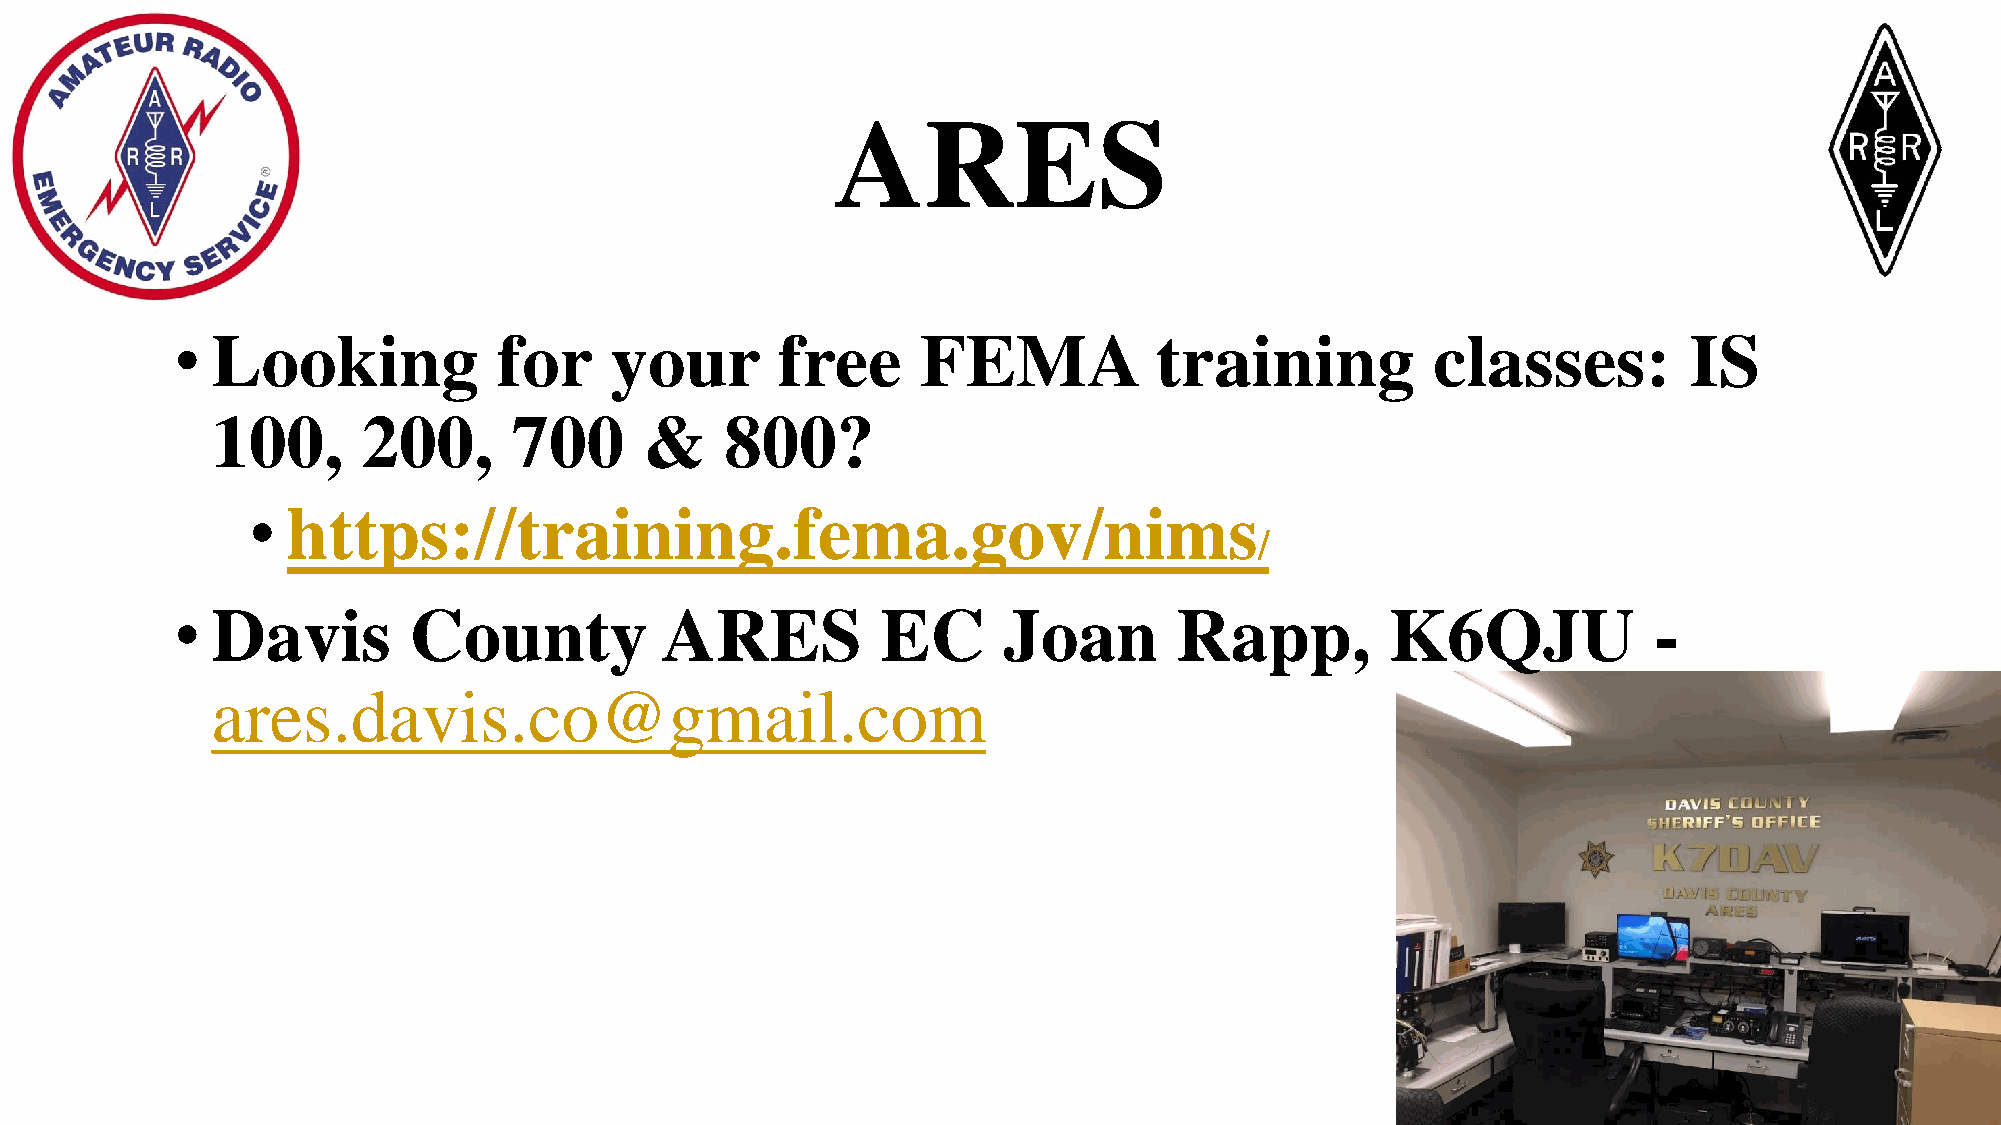
ARES
 • Looking            for    your       free      FEMA           training           classes:         IS
 100,      200,      700      &    800?
 •  https://training.fema.gov/nims
 /
 • Davis        County           ARES          EC      Joan        Rapp,         K6QJU            -
 ares.davis.co@gmail.com